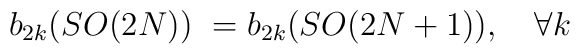
b_{2k}(SO(2N))\ = b_{2k}(SO(2N+1)), \quad \forall k